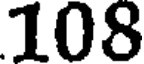
108